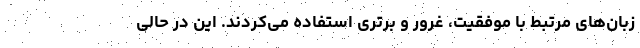
زبان‌های مرتبط با موفقیت، غرور و برتری استفاده می‌کردند. این در حالی